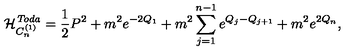
\mathcal { H } _ { C _ { n } ^ { ( 1 ) } } ^ { \mathit { T o d a } } = { \frac { 1 } { 2 } } P ^ { 2 } + m ^ { 2 } e ^ { - 2 Q _ { 1 } } + m ^ { 2 } \sum _ { j = 1 } ^ { n - 1 } e ^ { Q _ { j } - Q _ { j + 1 } } + m ^ { 2 } e ^ { 2 Q _ { n } } ,